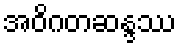
အဝိဂတဆန္ဒဿ